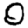
Digit: 0